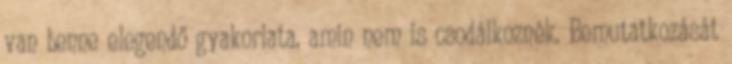
van benne elegendő gyakorlata, amin nem is csodálkoznék. Bemutatkozását